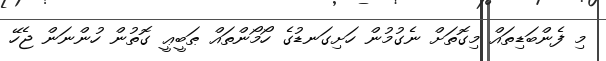
މި ފެންބަޑިތައް މިގޮތަށް ނެގުމުން ހަށިގަނޑުގެ ހޯމޯންތައް ޠަބީޢީ ގޮތުން ހުންނަން ޖެހޭ